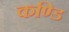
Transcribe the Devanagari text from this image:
कण्डि